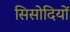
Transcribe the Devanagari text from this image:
सिसोदियों